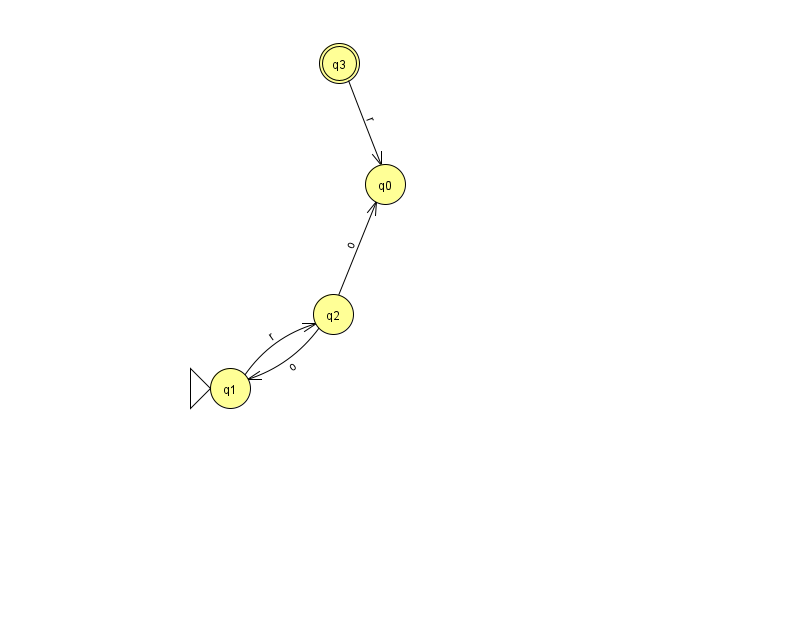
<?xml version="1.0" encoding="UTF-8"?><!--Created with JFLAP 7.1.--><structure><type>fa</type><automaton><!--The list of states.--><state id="0" name="q0"><x>385.0</x><y>171.0</y></state><state id="1" name="q1"><x>230.0</x><y>375.0</y><initial/></state><state id="2" name="q2"><x>333.0</x><y>301.0</y></state><state id="3" name="q3"><x>339.0</x><y>50.0</y><final/></state><!--The list of transitions.--><transition><from>1</from><to>2</to><read>r</read></transition><transition><from>2</from><to>0</to><read>o</read></transition><transition><from>2</from><to>1</to><read>o</read></transition><transition><from>3</from><to>0</to><read>r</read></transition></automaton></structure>